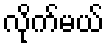
လိုက်မယ်